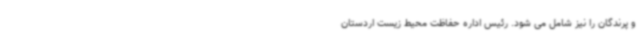
و پرندگان‌ را نیز شامل می شود. ‌رئیس اداره حفاظت محیط زیست اردستان